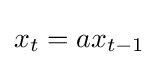
x_{t}=ax_{t-1}